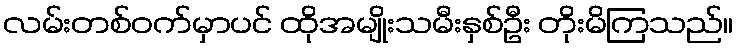
လမ်းတစ်ဝက်မှာပင် ထိုအမျိုးသမီးနှစ်ဦး တိုးမိကြသည်။